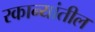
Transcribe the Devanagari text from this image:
रकान्यांतील